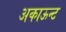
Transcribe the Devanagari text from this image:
अकाऊन्ट